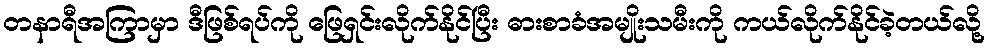
တနာရီအကြာမှာ ဒီဖြစ်ရပ်ကို ဖြေရှင်းလိုက်နိုင်ပြီး ဓားစာခံအမျိုးသမီးကို ကယ်လိုက်နိုင်ခဲ့တယ်လို့